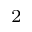
^ 2